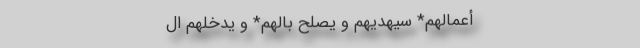
أَعْمالَهُمْ* سَیهْدِیهِمْ وَ یصْلِحُ بالَهُمْ* وَ یدْخِلُهُمُ ال